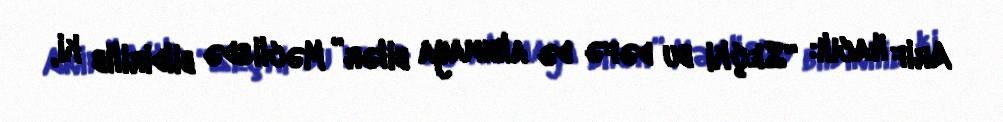
Arif Hacılı: “Seçki bu dəfə də alınmaya bilər” Məclisdə bildirilib ki,